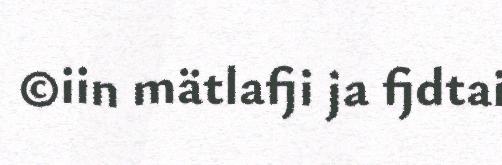
©iin mätlafji ja fjdtai